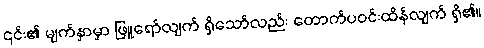
၎င်း၏ မျက်နှာမှာ ဖြူရော်လျက် ရှိသော်လည်း တောက်ပဝင်းထိန်လျက် ရှိ၏။